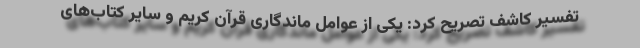
تفسیر کاشف تصریح کرد: یکی از عوامل ماندگاری قرآن کریم و سایر کتاب‌های